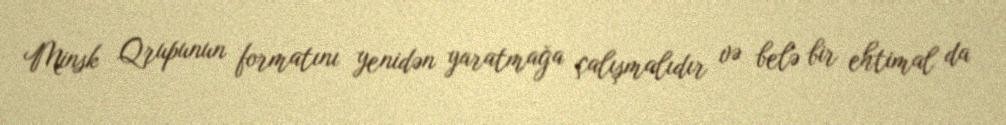
Minsk Qrupunun formatını yenidən yaratmağa çalışmalıdır və belə bir ehtimal da